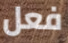
فعل